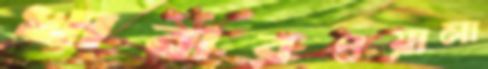
খাবারওয়ালা